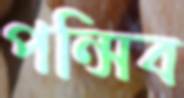
পন্সিব